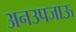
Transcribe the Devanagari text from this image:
अनउपजाऊ